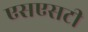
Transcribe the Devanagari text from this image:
एसएसटी